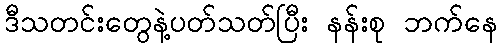
ဒီသတင်းတွေနဲ့ပတ်သတ်ပြီး နန်းစု ဘက်နေ